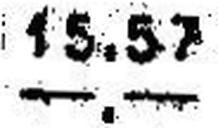
—.—